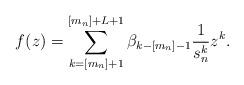
LaTeX: \begin{align*}f(z) = \sum_{k=[m_n]+1}^{[m_n]+L+1}\beta_{k-[m_n]-1}\frac{1}{s_n^k}z^k.\end{align*}